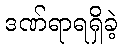
ဒဏ်ရာရရှိခဲ့